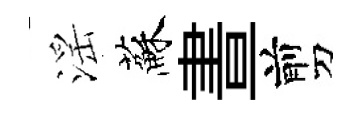
滛蘇晝剪